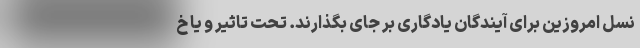
نسل امروزین برای آیندگان یادگاری بر جای بگذارند. تحت تاثیر و یا خ